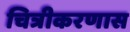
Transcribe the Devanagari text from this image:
चित्रीकरणास